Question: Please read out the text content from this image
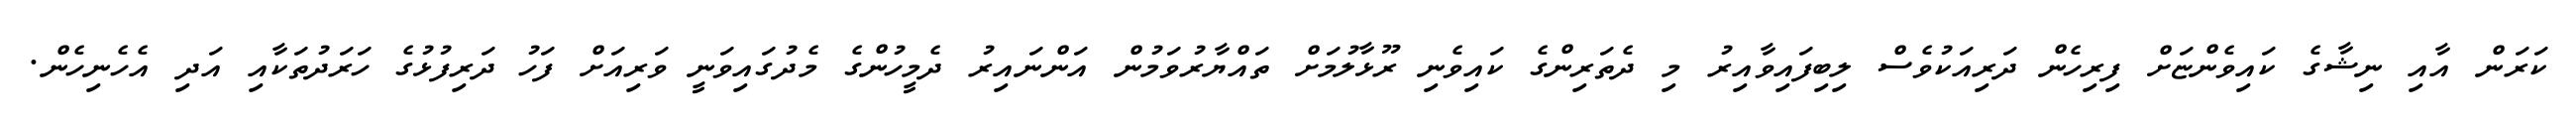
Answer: ކަރަން އާއި ނިޝާގެ ކައިވެންޏަށް ފިރިހެން ދަރިއަކުވެސް ލިބިފައިވާއިރު މި ދެތަރިންގެ ކައިވެނި ރޫޅާލުމަށް ތައްޔާރުވަމުން އަންނައިރު ދެމީހުންގެ މެދުގައިވަނީ ވަރިއަށް ފަހު ދަރިފުޅުގެ ހަރަދުތަކާއި އަދި އެހެނިހެން.